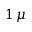
1 \, \mu